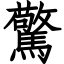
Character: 驚